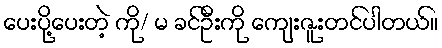
ပေးပို့ပေးတဲ့ ကို/ မ ခင်ဦးကို ကျေးဇူးတင်ပါတယ်။